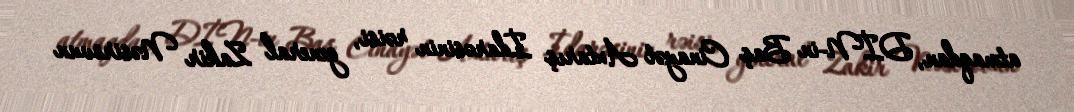
atmaqdan, DİN-in Baş Cinayət Axtarış İdarəsinin rəisi, general Zakir Nəsirovun